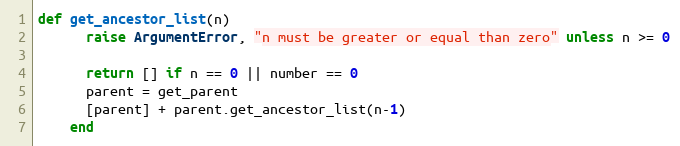
Language: Ruby
def get_ancestor_list(n)
      raise ArgumentError, "n must be greater or equal than zero" unless n >= 0

      return [] if n == 0 || number == 0
      parent = get_parent
      [parent] + parent.get_ancestor_list(n-1)
    end